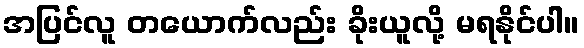
အပြင်လူ တယောက်လည်း ခိုးယူလို့ မရနိုင်ပါ။